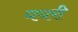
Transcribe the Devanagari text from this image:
घघरी